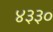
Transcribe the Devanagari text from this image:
४३३०